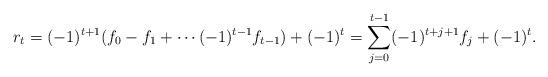
LaTeX: \begin{align*}r_t = (-1)^{t+1} (f_0 - f_1 + \cdots (-1)^{t-1} f_{t-1}) + (-1)^t = \sum_{j=0}^{t-1}(-1)^{t+j+1}f_j+(-1)^t.\end{align*}